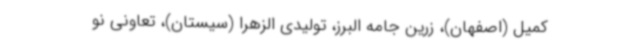
کمیل (اصفهان)، زرین جامه البرز، تولیدی الزهرا (سیستان)، تعاونی نو